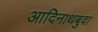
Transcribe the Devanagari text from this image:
आदिनाथबुवा